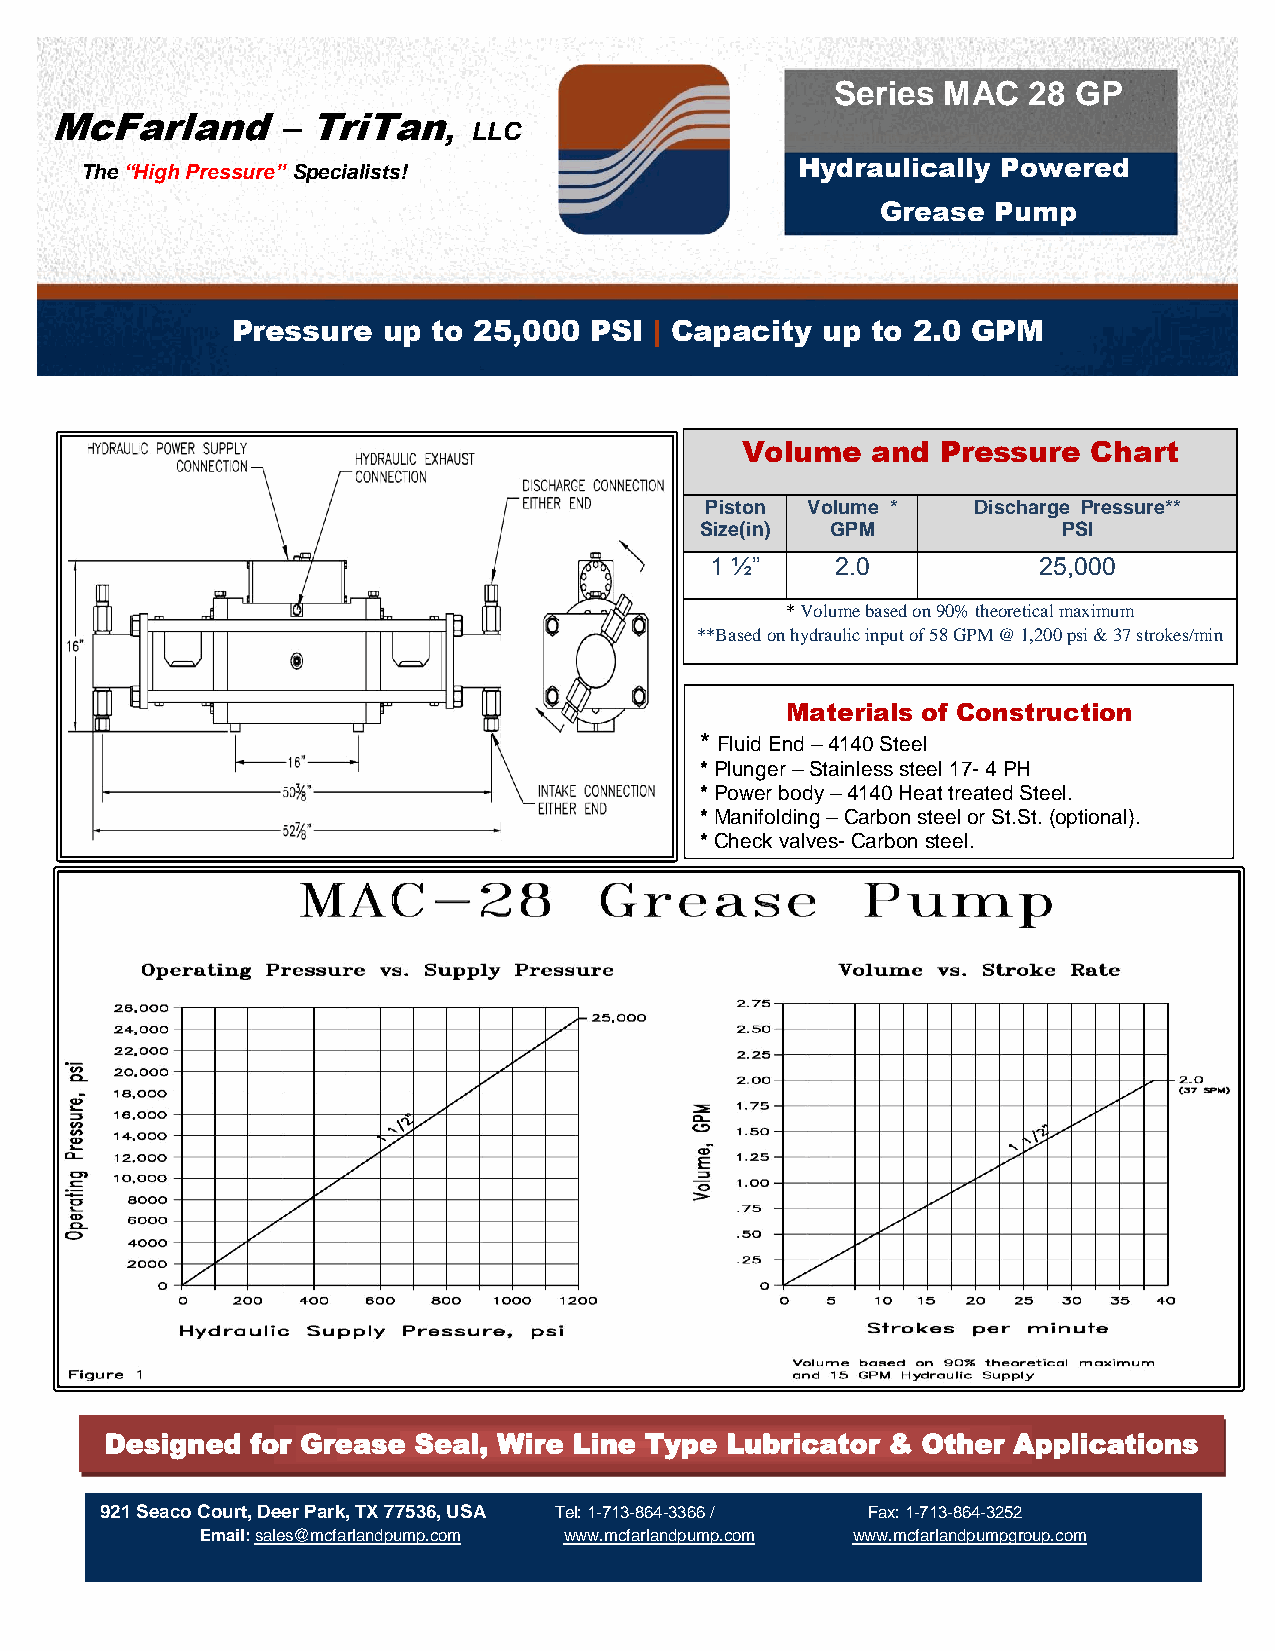
Series MAC   28 GP
 McFarland      – TriTan,
 LLC
 Hydraulically Powered
 The “High Pressure” Specialists!
 Grease  Pump
 Pressure  up  to 25,000 PSI | Capacity up  to 2.0 GPM
 Volume   and Pressure  Chart
 Piston Volume *  Discharge Pressure**
 Size(in) GPM            PSI
 1 ½”    0.2           000222
 * Volume based on 90% theoretical maximum
 **Based on hydraulic input of 58 GPM @ 1,200 psi & 37 strokes/min
 Materials of Construction
 * Fluid End – 4140 Steel
 * Plunger – Stainless steel 17- 4 PH
 * Power body – 4140 Heat treated Steel.
 * Manifolding – Carbon steel or St.St. (optional).
 * Check valves- Carbon steel.
 Designed  for Grease Seal, Wire Line Type Lubricator & Other Applications
 McFarland – TriTan, LLC
 921 Seaco Court, Deer Park, TX 77536 921 Seaco Court, Deer Park, TX 7 7 536, USA Tel: 1-713-864-3366 / Fax: 1-713-864-3252
 Tel :1-713-864-3366 | Fax : 1-713-864-3252 Email: sales@mcfarlandpump.com www.mcfarlandpump.com www.mcfarlandpumpgroup.com
 Email: sales@mcfarlandpump.com
 www.mcfarlandpump.com